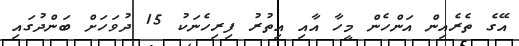
އޭގެ ތެރެއިން އަންހެން މީހާ އާއި އިތުރު ފިރިހެނަކު 15 ދުވަހަށް ބަންދުގައި